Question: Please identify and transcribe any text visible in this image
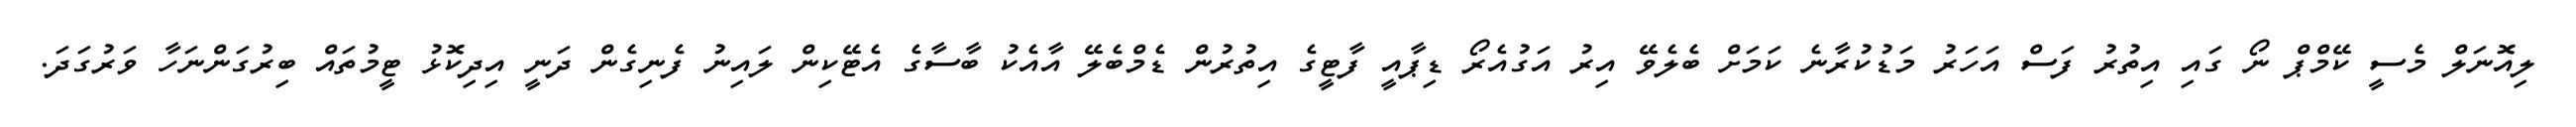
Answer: ލިއޮނަލް މެސީ ކޭމްޕް ނޯ ގައި އިތުރު ފަސް އަހަރު މަޑުކުރާނެ ކަމަށް ބެލެވޭ އިރު އަގުއެރޯ ޑިޕާއީ ފާޓީގެ އިތުރުން ޑެމްބެލޭ އާއެކު ބާސާގެ އެޓޭކިން ލައިނު ފެނިގެން ދަނީ އިދިކޮޅު ޓީމުތައް ބިރުގަންނަހާ ވަރުގަދަ.